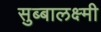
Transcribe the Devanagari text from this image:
सुब्बालक्ष्मी